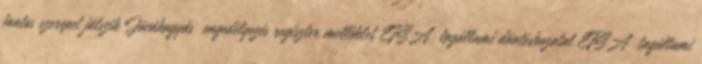
fontos szerepet játszik Jóváhagyás engedélyezés regiszter melléklet EFSA tagállami döntéshozatal EFSA tagállami